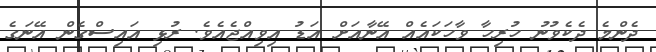
ދެންމެ ދެކެވުނު ހުރިހާ ވާހަކައެއް އޭނާއަށް އަޑު އިވިއްޖެއެވެ. ރުޅި އައިސްގެން އޭނަގެ